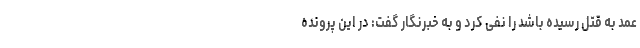
عمد به قتل رسیده باشد را نفی کرد و به خبرنگار گفت: در این پرونده